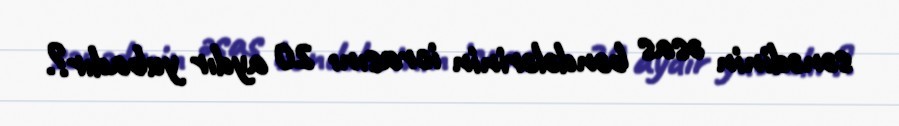
sənədinin əsas bəndələrinin icrasını 20 aydır yubadır?.